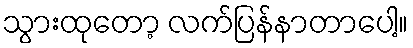
သွားထုတော့ လက်ပြန်နာတာပေါ့။